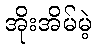
အိုးအိမ်မဲ့